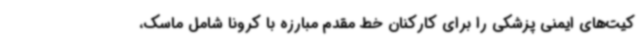
کیت‌های ایمنی پزشکی را برای کارکنان خط مقدم مبارزه با کرونا شامل ماسک،